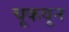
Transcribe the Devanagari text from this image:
चूकवून